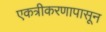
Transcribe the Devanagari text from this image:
एकत्रीकरणापासून